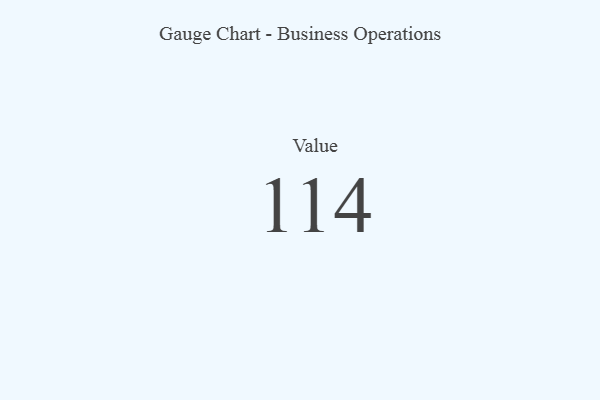
{"axis": {"x": "Metric", "y": "Value"}, "legend": [""], "data": [{"x": "Value", "y": 114, "type": ""}]}